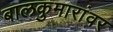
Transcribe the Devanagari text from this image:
बालकुमारांवर